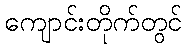
ကျောင်းတိုက်တွင်